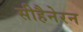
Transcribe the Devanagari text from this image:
सीहैनेरन